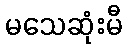
မသေဆုံးမီ